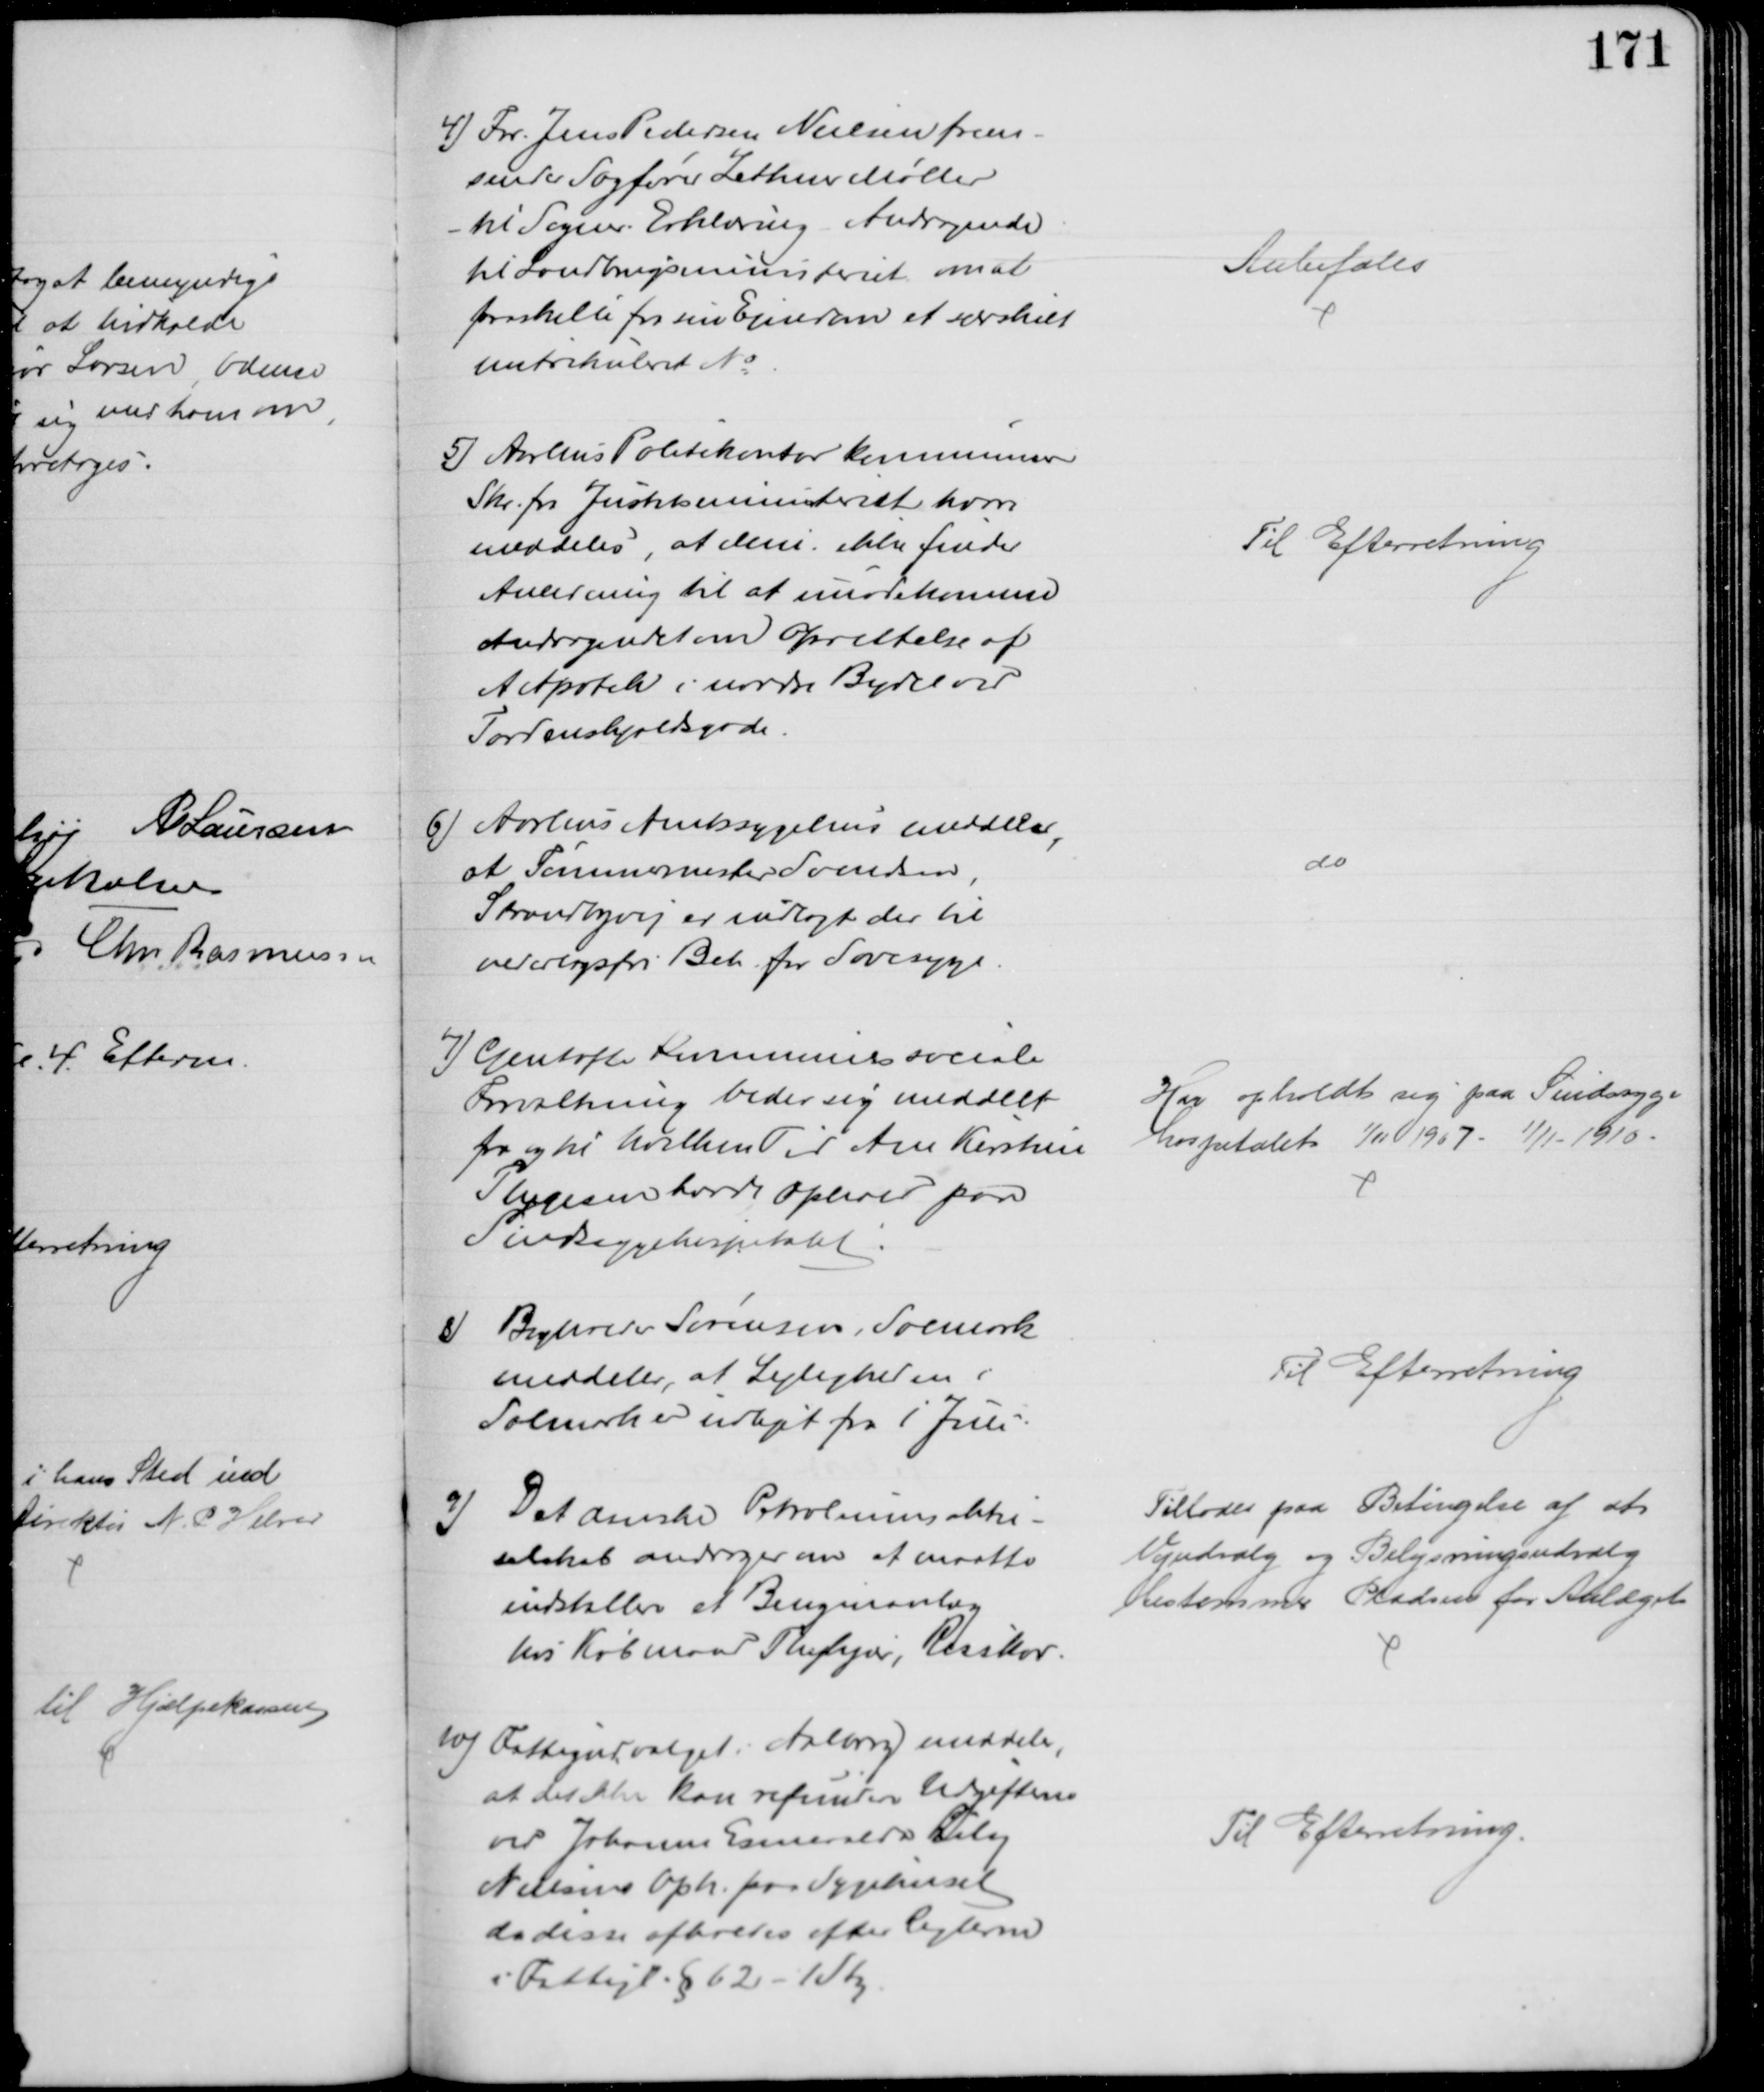
Transskription:
4) For Jens Pedersen Nielsen frem-
sender Sagfører Zethner Møller
til Sogner. Erklæring Andragende
til Landbrugsministeriet om at
fraskille fra sin Ejendom et særskilt
matrikuleret №
Anbefales
5) Aarhus Politikontor kommunicerer
Skr. fra Justitsministeriet, hvori
meddeles at Min. ikke finder
Anledning til at imødekomme
Andragendet om Oprettelse af
et Apotek i nordre Bydel ved
Tordenskjoldsgade.
Til Efterretning
6) Aarhus Amtssygehus meddeler,
at Tømmermester Svendsen,
Strandbyvej er indlagt der til
vederlagsfri Beh. for Sovesyge
do
7) Gentofte Kommunes sociale 
Forvaltning beder sig meddelt
fra og til hvilken Tid Ane Kirstine
Thygesen havde Ophold paa
Sindssygehospitalet
Har opholdt sig paa Sindssyge
hospitalet 1/11 1907 - 1/11 - 1910.
8) Bogholder Sørensen, Solmark
meddeler, at Lejligheden i
Solmark er udlejet fra 1 Juli
Til Efterretning
4) Det danske Petroleumsaktie-
selskab andrager om at maatte
indstallere et Benzinanlæg
hos Købmand Thykjær, Risskov.
Tillodes paa Betingelse af at 
Vejudvalg og Belysningsudvalg
bestemmer Pladsen for Anlæget
10) Fattigudvalget i Aalborg meddeler, 
at det ikke kan refundere Udgifterne 
ved Johanne Esmeralda Lily
Nielsens Oph. paa Sygehuset
da disse afholdes efter Reglerne
i Fattigl. § 62 - 1 Sty
Til Efterretning.